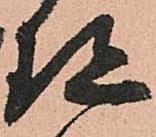
珎